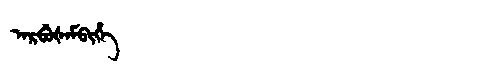
Manchu: ᠠᡵᠪᡠᡧᠠᠮᠪᡳᡥᡝ
Romanization: ARBUŠAMBIHE